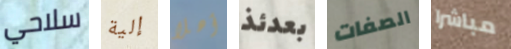
سلاحي إلية أهلا بعدئذ الصفات مباشرا